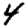
Digit: 4